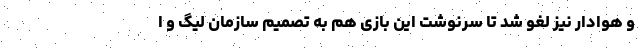
و هوادار نیز لغو شد تا سرنوشت این بازی هم به تصمیم سازمان لیگ و ا